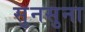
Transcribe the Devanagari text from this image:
सुनसुना